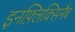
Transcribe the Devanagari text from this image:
इनफ़्लिक्सिमैब